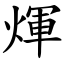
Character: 煇